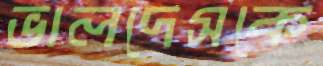
ভালদেসকে